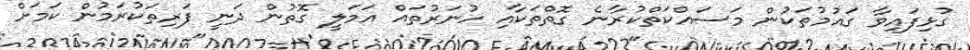
ގުޅިފައިވާ ގައުމުތަކުން މަސައްކަތްކުރާނެ ގޮތްތަކާއި ހުނަރުތައް އަމަލީ ގޮތުން ދަނީ ފަރިތަކުރަމުން ކަމަށް